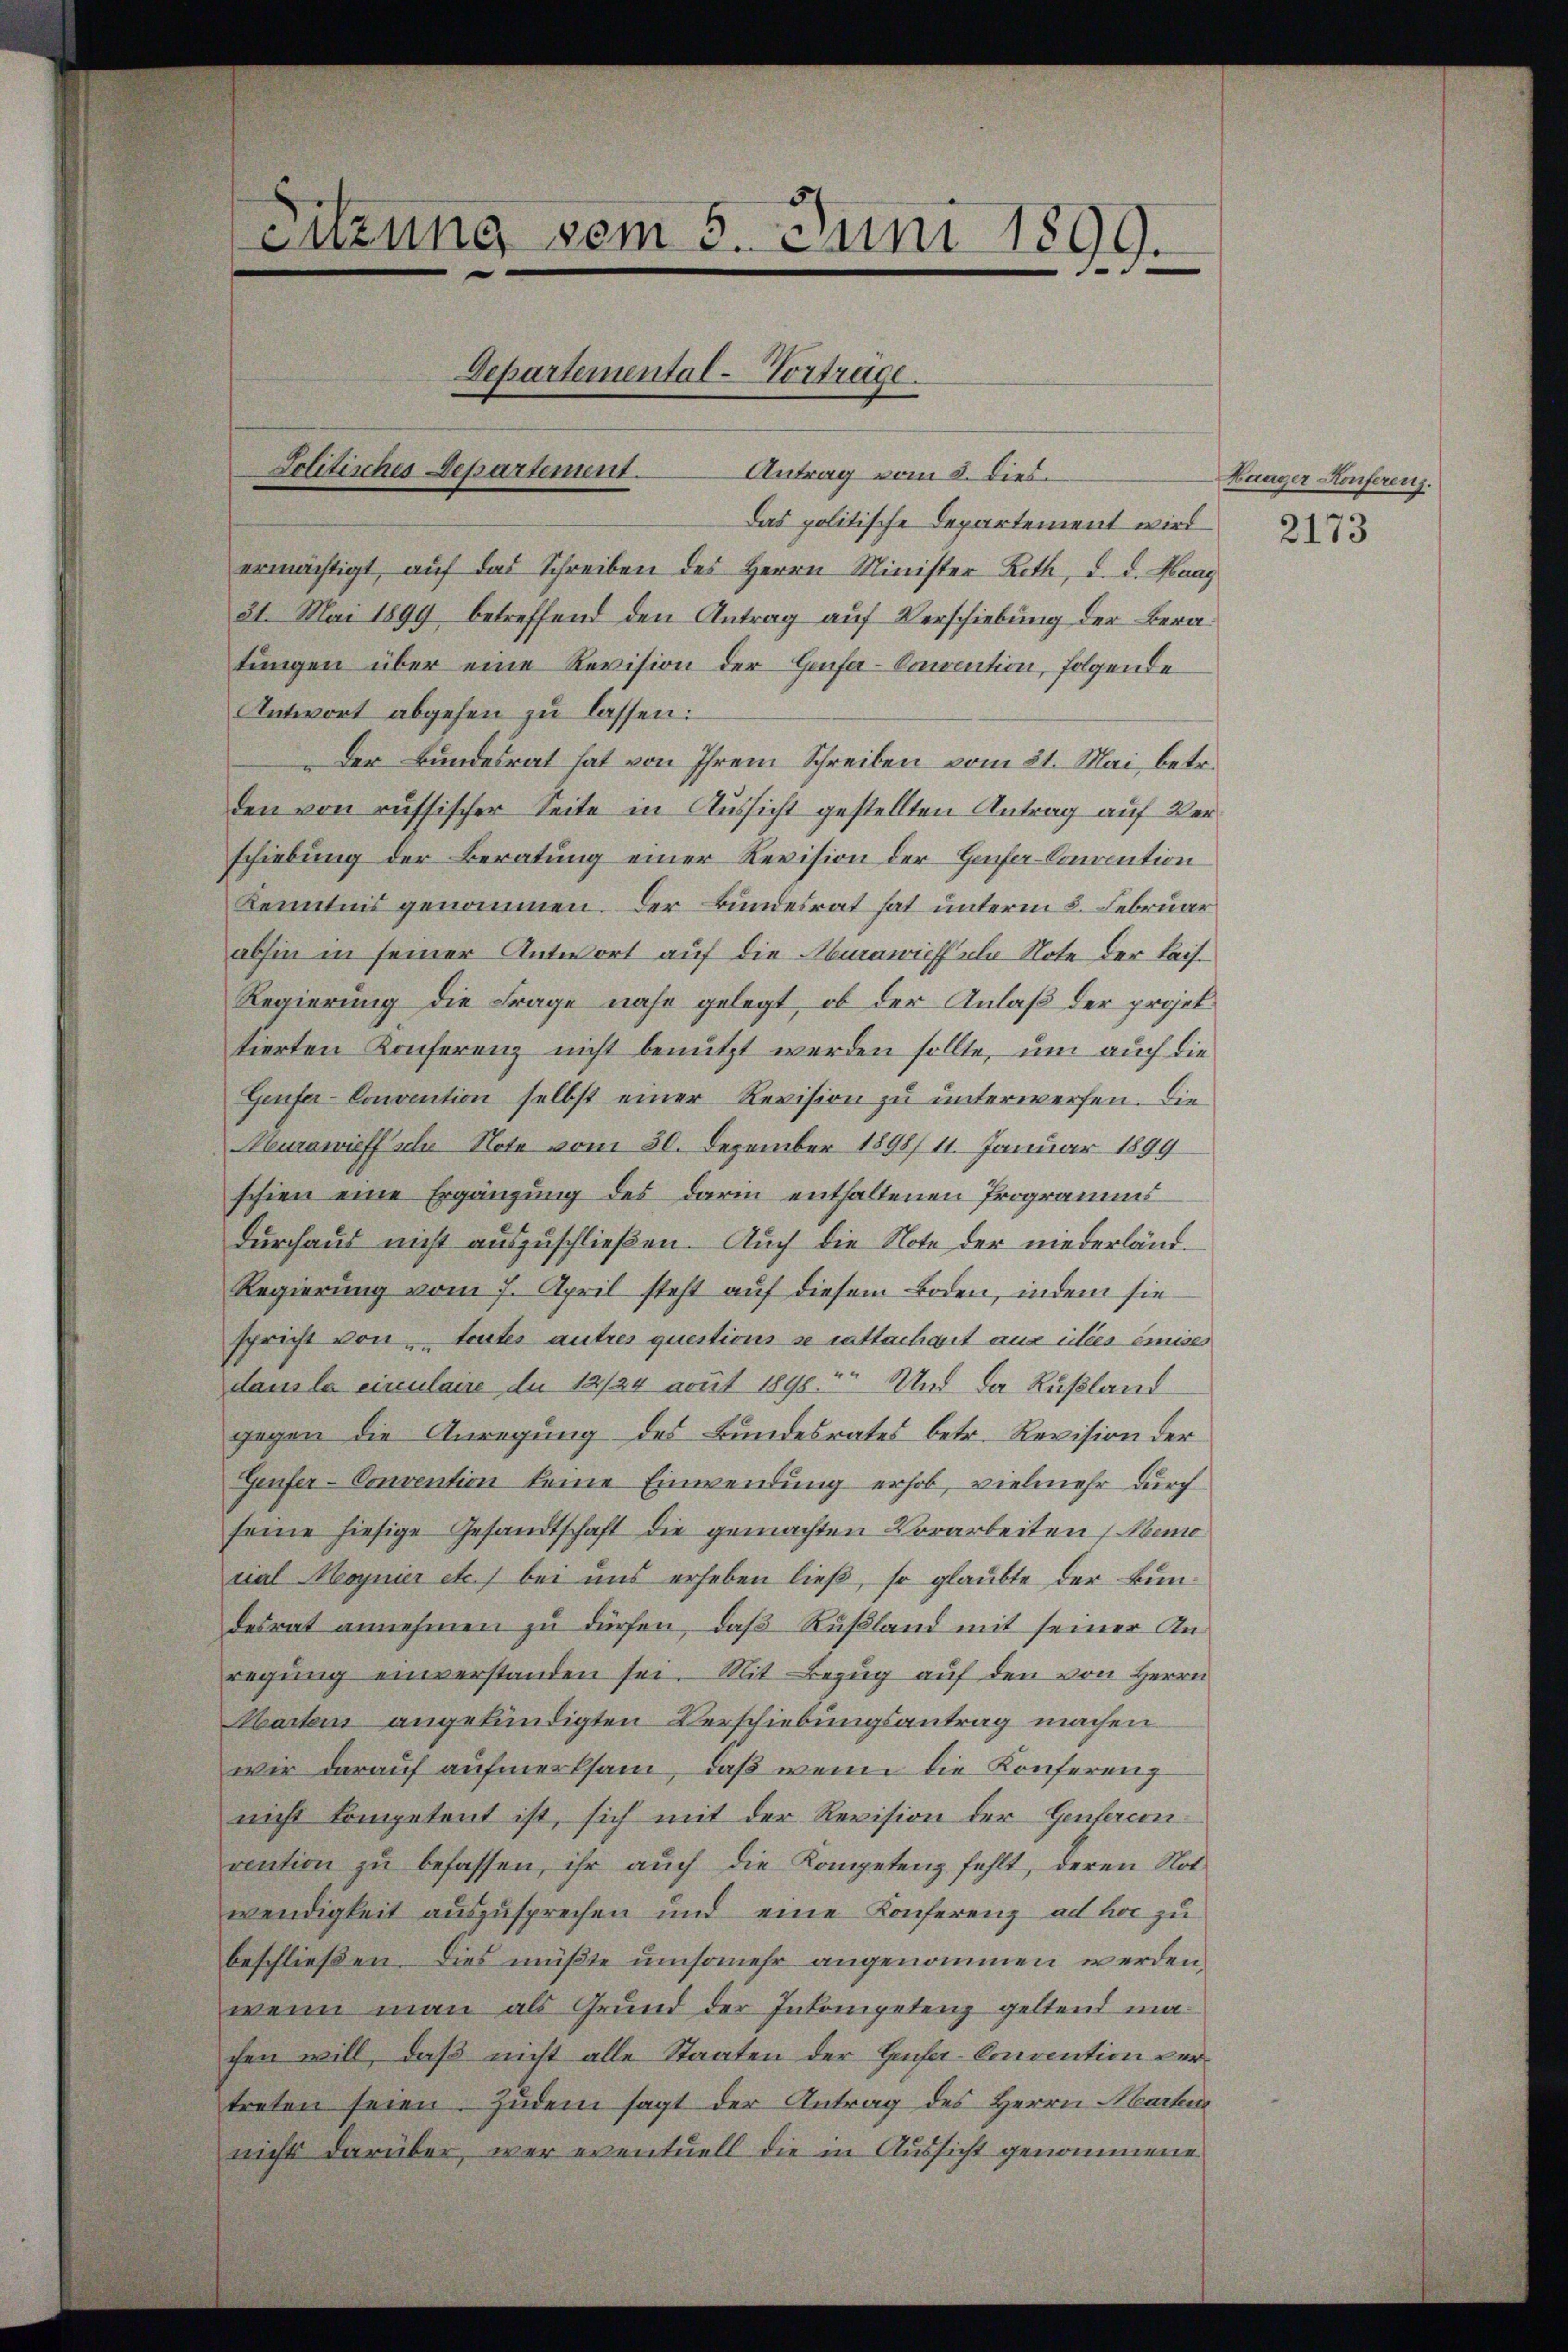
Sitzung vom 5. Juni 1899
Departemental-Vorträge
Jolitisches Departement. Antrag vom 5. dies

Das politische Departement wird
ermächtigt, aŭf das Schreiben des Herrn Minister Reth, d. d. Haag
31. Mai 1899 betreffend den Antrag auf Verschiebung der Beratungen über eine Revision der Genfer-Convention, folgende
Antwort abgehen zu lassen:
Der Bundesrat hat von Ihrem Schreiben vom 21. Mai, betr.
den von russischer Seite in Aussicht gestellten Antrag auf Verschiebung der Beratung einer Revision der Hafer-Convention
Kenntnis genommen. Der Bundesrat hat unterm 8. Februar
abhin in seiner Antwort auf die Aburawieffel Note der Leis¬
Regierung die Frage nahe gelegt, ob der Anlaß der projettierten Konferenz nicht benutzt werden sollte, um auch die
Genfer-Convention selbst einer Revision zu unterwerfen. Die
Muranieff sche Note vom 30. Dezember 1898/ 11. Januar 1899
schien eine Ergänzung des darin enthaltenen Programms
durchaus nicht auszuschließen. Auch die Note der niederländ¬
Regierung vom 7. April steht auf diesem Boden, indem sie
spricht von trater autres questions se rattachait aus ides émise
dans la einulaire du 12/24 acut 1898. Und da Rußland
gegen die Anregung des Bundesrates betr. Revision der
Genfer-Convention keine Einwendung erhob, vielmehr durch
seine hiesige Gesandtschaft die gemachten Vorarbeiten (Mano
cial Moynier etc.) bei uns erheben ließ, so glaubte der Bundesrat annehmen zu dürfen, daß Rußland mit seiner Anregŭng einverstanden sei. Mit Bezug auf den von Herrn
Abarten angekündigten Verschiebungsantrag machen
wir darauf aufmerksam, daß wenn die Konfereng
nicht kompetent ist, sich mit der Revision der Genfercon
vention zŭ befassen, ihr aŭch die Kompetenz fehlt, deren Not
wendigkeit auszusprechen und eine Konferenz ad hoc zu
beschließen. Dies müßte umsomehr angenommen werden,
wenn man als Grund der Inkompetenz geltend machen will, daß nicht alle Staaten der Hausa Convention vertreten seien. Zudem sagt der Antrag des Herrn Marten
nicht darüber, wer eventuell die in Aussicht genommene

Haager Konferenz

2173